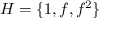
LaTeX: H = \{ 1 , f , f ^ { 2 } \}